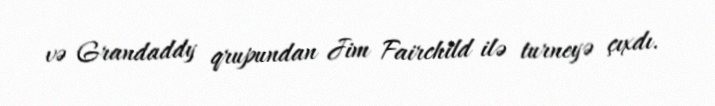
və Grandaddy qrupundan Jim Fairchild ilə turneyə çıxdı.